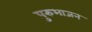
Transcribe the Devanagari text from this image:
पुरुभाजन